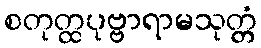
စတုတ္ထပုဗ္ဗာရာမသုတ္တံ